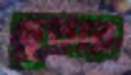
ছুতার